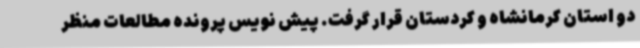
دو استان کرمانشاه و کردستان قرار گرفت. پیش نویس پرونده مطالعات منظر